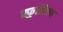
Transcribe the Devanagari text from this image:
स्फुलिंल्ग